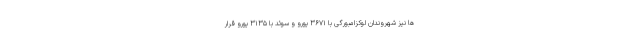
ها نیز شهروندان لوکزامبورگی با ۳۶۷۱ یورو و سوئد با ۳۱۳۵ یورو قرار